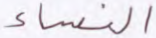
النساء